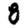
Digit: 8